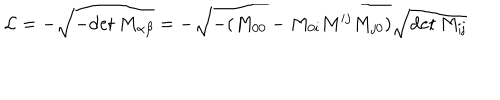
{ \cal L } = - \sqrt { - \mathrm { d e t } ~ M _ { \alpha \beta } } = - \sqrt { - ( M _ { 0 0 } - M _ { 0 i } M ^ { i j } M _ { j 0 } ) } \sqrt \mathrm { { d e t } ~ M _ { i j } }